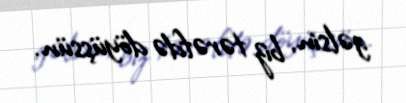
gəlsin, biz tərəfdə döyüşsün.